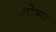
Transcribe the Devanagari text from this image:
शोशा